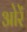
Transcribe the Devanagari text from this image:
ओरें